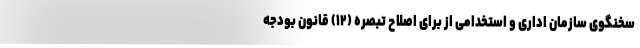
سخنگوی سازمان اداری و استخدامی از برای اصلاح تبصره (۱۲) قانون بودجه